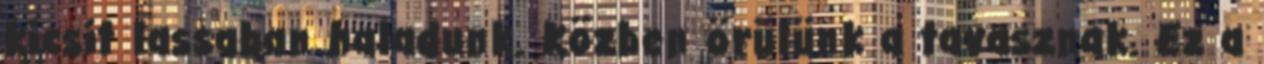
kicsit lassaban haladunk. Közben örülünk a tavasznak. Ez a